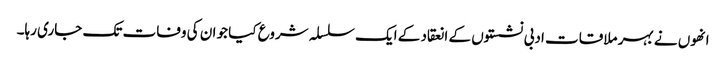
انھوں نے بہر ملاقات ادبی نشستوں کے انعقاد کے ایک سلسلہ شروع کیا جو ان کی وفات تک جاری رہا۔